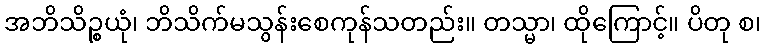
အဘိသိဉ္စယုံ၊ ဘိသိက်မသွန်းစေကုန်သတည်း။ တသ္မာ၊ ထိုကြောင့်။ ပိတု စ၊